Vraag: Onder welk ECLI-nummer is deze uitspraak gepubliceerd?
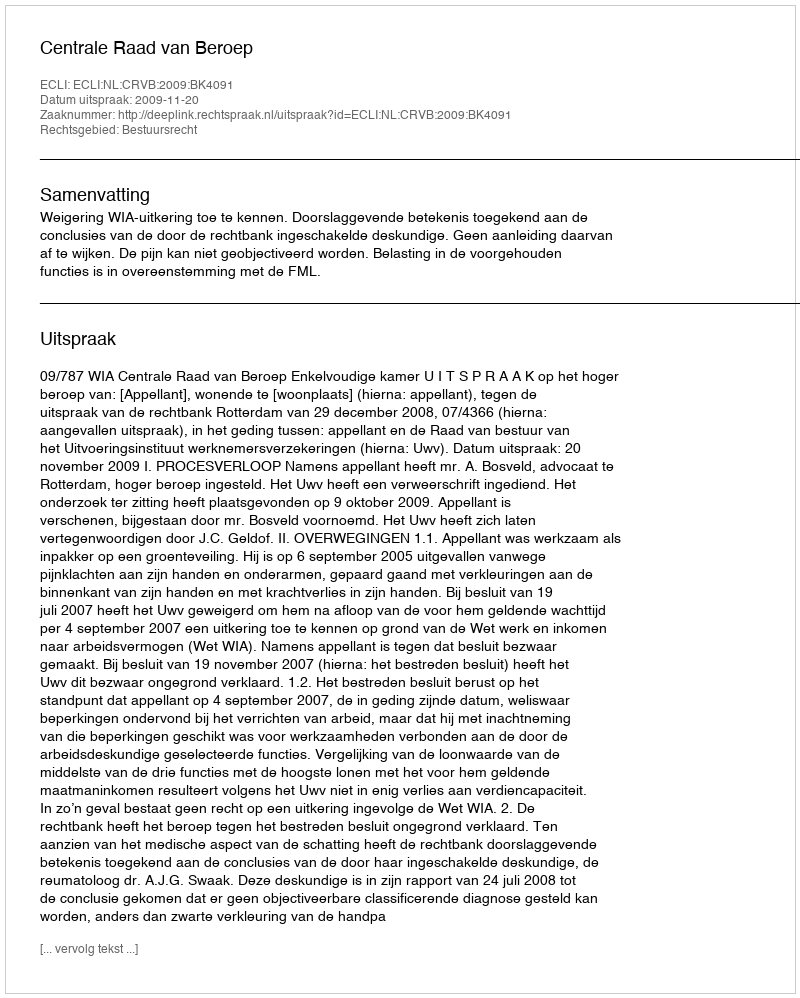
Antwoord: ECLI:NL:CRVB:2009:BK4091